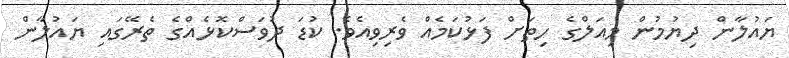
ޔައުލާން ދިޔުމުން މިއަލްގެ ހިތަށް ފަޅުކަމެއް ވެރިވިއެވެ. ކުޑަ ދުވަސްކޮޅެއްގެ ތެރޭގައި ޔައުލާން